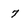
Character: 7